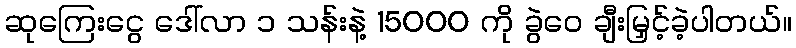
ဆုကြေးငွေ ဒေါ်လာ ၁ သန်းနဲ့ 15000 ကို ခွဲဝေ ချီးမြှင့်ခဲ့ပါတယ်။